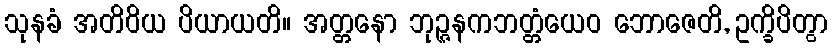
သုနခံ အတိဝိယ ပိယာယတိ။ အတ္တနော ဘုဉ္ဇနကဘတ္တံယေဝ ဘောဇေတိ, ဥက္ခိပိတွာ